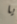
يا